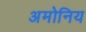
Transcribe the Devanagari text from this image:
अमोनिय